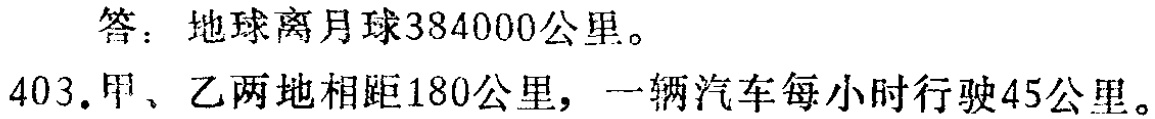
答：地球离月球384000公里。

403.甲、乙两地相距180公里，一辆汽车每小时行驶45公里。